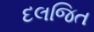
દલજિત